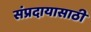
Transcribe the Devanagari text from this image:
संप्रदायासाठी